Annual report of lunatic asylums [Bombay] - 1912-1922
Year: 1912
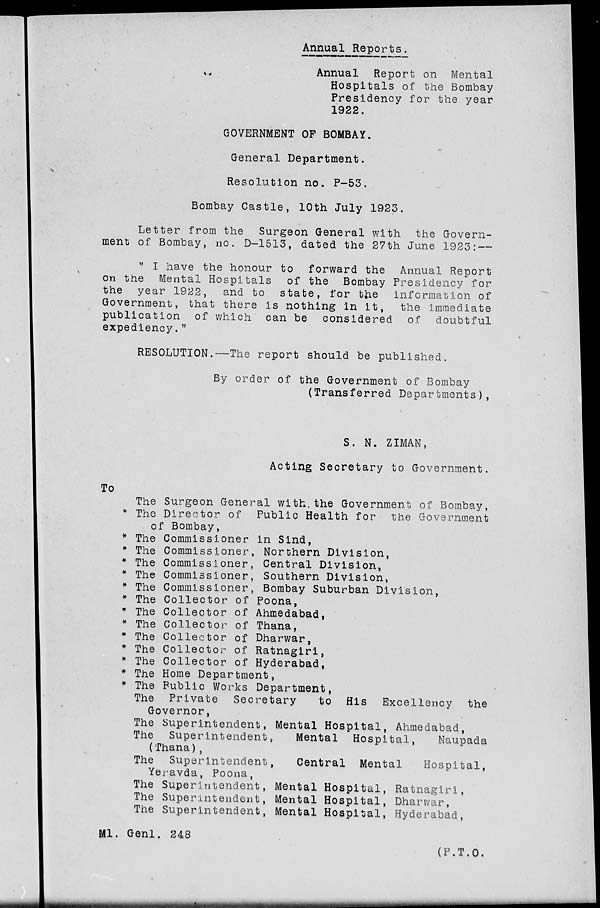
Annual Reports.
Annual Report on Mental
Hospitals of the Bombay
Presidency for the year
1922.
GOVERNMENT OF BOMBAY.
General Department.
Resolution no. P-53.
Bombay Castle, 10th July 1923.
Letter from the Surgeon General with the Govern-
ment of Bombay, no. D-1513, dated the 27th June 1923:—
"I have the honour to forward the Annual Report
on the Mental Hospitals of the Bombay Presidency for
the year 1922, and to state, for the information of
Government, that there is nothing in it, the immediate
publication of which can be considered of doubtful
expediency."
RESOLUTION.—The report should be published.
By order of the Government of Bombay
(Transferred Departments),
S. N. ZIMAN,
Acting Secretary to Government.
To
The Surgeon General with the Government of Bombay,
* The Director of Public Health for the Government
of Bombay,
* The Commissioner in Sind,
* The Commissioner, Northern Division,
* The Commissioner, Central Division,
* The Commissioner, Southern Division,
* The Commissioner, Bombay Suburban Division,
* The Collector of Poona,
* The Collector of Ahmedabad,
* The Collector of Thana,
* The Collector of Dharwar,
* The Collector of Ratnagiri,
* The Collector of Hyderabad,
* The Home Department,
* The Public Works Department,
The Private Secretary
to His Excellency the
Governor,
The Superintendent, Mental Hospital, Ahmedabad,
The Superintendent,
Mental Hospital,
Naupada
(Thana),
The Superintendent,
Central Mental
Hospital,
Yeravda, Poona,
The Superintendent, Mental Hospital, Ratnagiri,
The Superintendent, Mental Hospital, Dharwar,
The Superintendent, Mental Hospital, Hyderabad,
Ml. Genl. 248
(P.T.O.